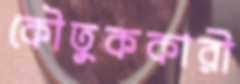
কৌতুককারী